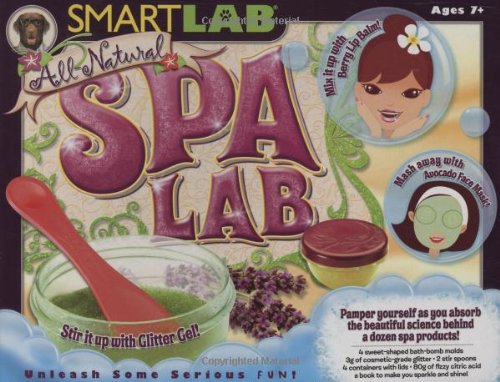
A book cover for All Natural Spa Lab (toy and book); Jenna Land Free; Children's Books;